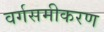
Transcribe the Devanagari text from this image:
वर्गसमीकरण